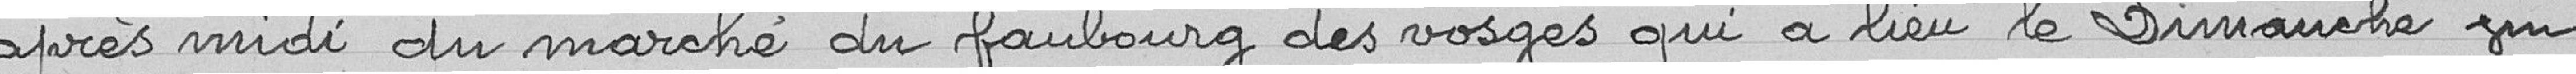
après-midi du marché du faubourg des Vosges qui a lieu le dimanche vu